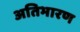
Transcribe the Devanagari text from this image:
अतिभारण